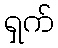
ရှက်